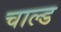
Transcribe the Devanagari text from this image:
चाल्ड